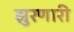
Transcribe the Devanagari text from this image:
झुरणारी